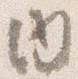
内